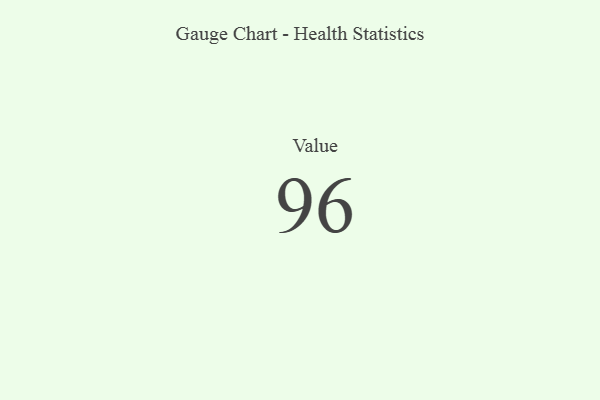
{"axis": {"x": "Metric", "y": "Value"}, "legend": [""], "data": [{"x": "Value", "y": 96, "type": ""}]}